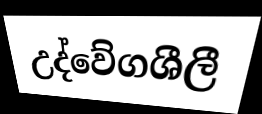
උද්වේගශීලී